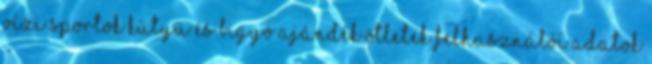
vízi sportok Kütyü és Bigyó Ajándék ötletek Felhasználói adatok